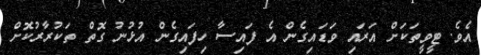
އެވެ. ޓީވީތަކަށް އަރައި ވަޑައިގެން އެ ފައިސާ ހިފައިގެން އުޅުނު ގޮތް ތަކުރާރުކޮށް